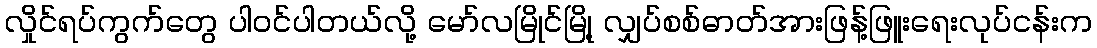
လှိုင်ရပ်ကွက်တွေ ပါဝင်ပါတယ်လို့ မော်လမြိုင်မြို့ လျှပ်စစ်ဓာတ်အားဖြန့်ဖြူးရေးလုပ်ငန်းက